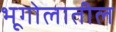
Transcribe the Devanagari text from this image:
भूगोलातील